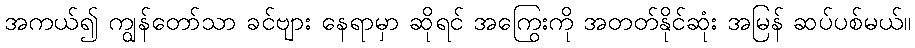
အကယ်၍ ကျွန်တော်သာ ခင်ဗျား နေရာမှာ ဆိုရင် အကြွေးကို အတတ်နိုင်ဆုံး အမြန် ဆပ်ပစ်မယ်။